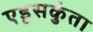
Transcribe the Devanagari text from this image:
एडूसकुंता